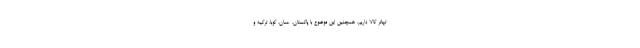
تهاتر کالا داریم. همچنین این موضوع با پاکستان، عمان، کوبا، ترکیه و